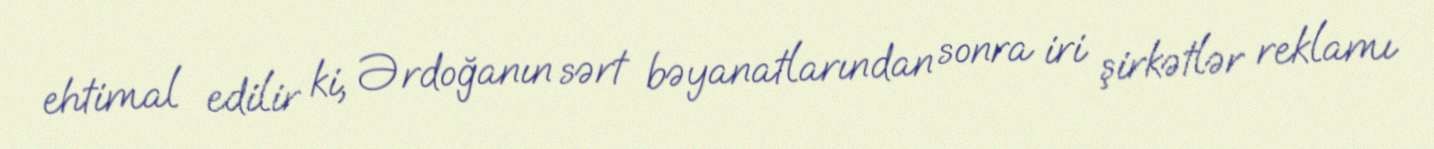
ehtimal edilir ki, Ərdoğanın sərt bəyanatlarından sonra iri şirkətlər reklamı